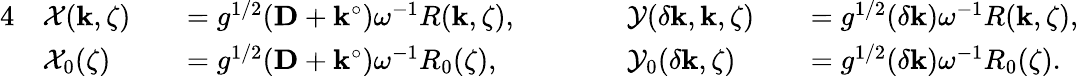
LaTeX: \begin{array}{rlrlrlrl}{{4}}&{\mathcal{X}(\mathbf{k},\zeta)}&&{=g^{1/2}(\mathbf{D}+\mathbf{k}^{\circ})\omega^{-1}R(\mathbf{k},\zeta),\qquad}&&{\mathcal{Y}(\delta\mathbf{k},\mathbf{k},\zeta)}&&{=g^{1/2}(\delta\mathbf{k})\omega^{-1}R(\mathbf{k},\zeta),}\\ &{\mathcal{X}_{0}(\zeta)}&&{=g^{1/2}(\mathbf{D}+\mathbf{k}^{\circ})\omega^{-1}R_{0}(\zeta),\qquad}&&{\mathcal{Y}_{0}(\delta\mathbf{k},\zeta)}&&{=g^{1/2}(\delta\mathbf{k})\omega^{-1}R_{0}(\zeta).}\end{array}